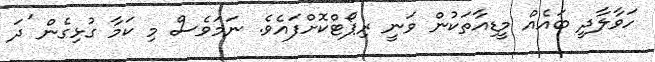
ހަވާލާދީ ބައެއް މީޑިއާތަކުން ވަނީ ރިޕޯޓްކޮށްފައެވެ. ނަމަވެސް މި ކަމާ ގުޅިގެން 'ދަ